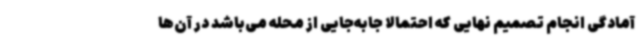
آمادگی انجام تصمیم نهایی که احتمالا جابه‌جایی از محله می‌باشد در آن‌ها